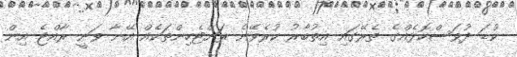
ކުޑަ ދުވަސްކޮޅެއްގެ ތެރޭގައި އިތުބާރު ކުރެވޭނެ ރަށްޓެހިންތަކެއް އޭނާ ވަނީ ރާއްޖެ އިން